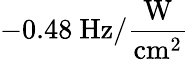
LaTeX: -0.48~\mathrm{Hz/\frac{W}{cm^{2}}}